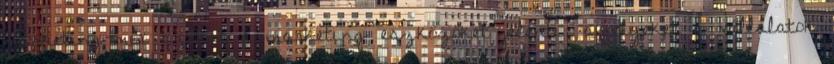
marketing-mix azokat a marketing eszközöket jelenti, amelyeket a vállalatok